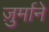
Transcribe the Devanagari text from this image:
ज़ुर्माने